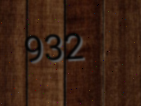
932